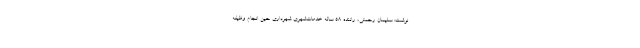
نوشت: سلیمان رحمتی، راننده ۵۸ ساله خدمات‌شهری شهرداری حین انجام وظیفه